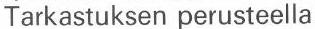
Tarkastuksen perusteella